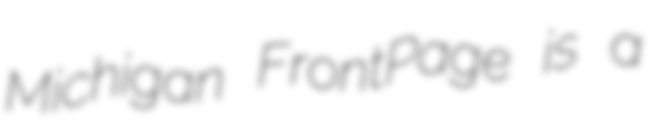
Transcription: Michigan FrontPage is a